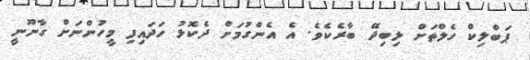
ޕަބްލިކް ހެލްތަށް ލިބިދޭ ބާރެކެވެ. އެ އެންގުމަށް ދެކޮޅު ހަދައިފި މީހުންނަށް ގާނޫނީ